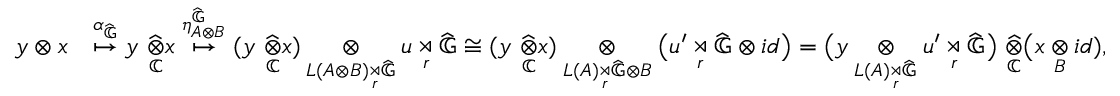
\begin{array} { r l } { y \otimes x } & { \overset { \alpha _ { \widehat { \mathbb { G } } } } { \mapsto } y \ \underset { \mathbb { C } } { \widehat { \otimes } } x \overset { \eta _ { A \otimes B } ^ { \widehat { \mathbb { G } } } } { \mapsto } ( y \ \underset { \mathbb { C } } { \widehat { \otimes } } x ) \underset { L ( A \otimes B ) \underset { r } { \rtimes } \widehat { \mathbb { G } } } { \otimes } u \underset { r } { \rtimes } \widehat { \mathbb { G } } \cong ( y \ \underset { \mathbb { C } } { \widehat { \otimes } } x ) \underset { L ( A ) \underset { r } { \rtimes } \widehat { \mathbb { G } } \otimes B } { \otimes } \big ( u ^ { \prime } \underset { r } { \rtimes } \widehat { \mathbb { G } } \otimes i d \big ) = \big ( y \underset { L ( A ) \underset { r } { \rtimes } \widehat { \mathbb { G } } } { \otimes } u ^ { \prime } \underset { r } { \rtimes } \widehat { \mathbb { G } } \big ) \ \underset { \mathbb { C } } { \widehat { \otimes } } \big ( x \underset { B } { \otimes } i d ) , } \end{array}